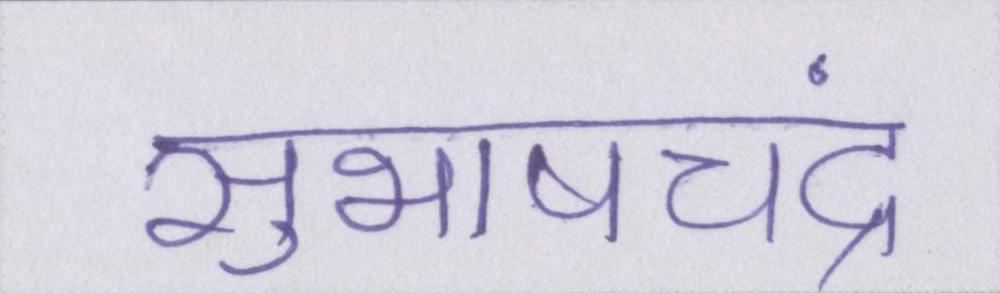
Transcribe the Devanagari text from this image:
सुभाषचंद्र